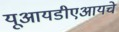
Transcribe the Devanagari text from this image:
यूआयडीएआयचे